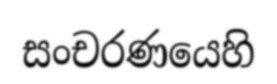
සංචරණයෙහි